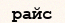
райс